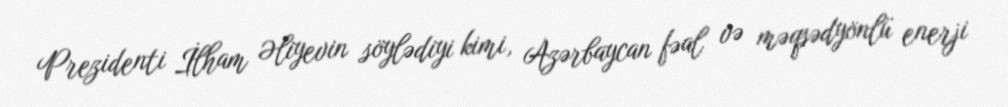
Prezidenti İlham Əliyevin söylədiyi kimi, Azərbaycan fəal və məqsədyönlü enerji